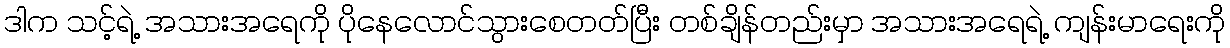
ဒါက သင့်ရဲ့ အသားအရေကို ပိုနေလောင်သွားစေတတ်ပြီး တစ်ချိန်တည်းမှာ အသားအရေရဲ့ ကျန်းမာရေးကို